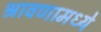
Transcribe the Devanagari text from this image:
श्रावणामध्ये